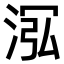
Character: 𣴦